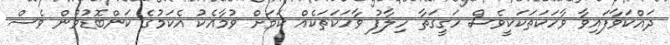
ދައްކަވާފައިވާ ވާހަކަތަކަކީވެސް ހަގީގަތާ ހިލާފު ވާހަކަތަކެއް ކަމަށް ވުމާއެކު އެކަމުގެ ކަންބޮޑުވުން ވެސް